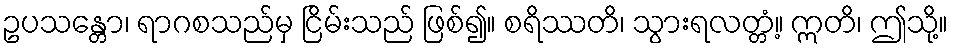
ဥပသန္တော၊ ရာဂစသည်မှ ငြိမ်းသည် ဖြစ်၍။ စရိဿတိ၊ သွားရလတ္တံ့။ ဣတိ၊ ဤသို့။